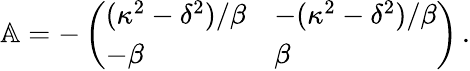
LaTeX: \begin{array}{r}{\mathbb{A}=-\left(\begin{array}{ll}{({\kappa^{2}-\delta^{2}})/{\beta}}&{-({\kappa^{2}-\delta^{2}})/{\beta}}\\ {-\beta}&{\beta}\end{array}\right)\, .}\end{array}